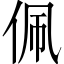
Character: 佩